Report on sanitation, dispensaries, and jails in Rajputana for 1914, and on vaccination for the year 1914-1915 - 1914-1915
Year: 1914
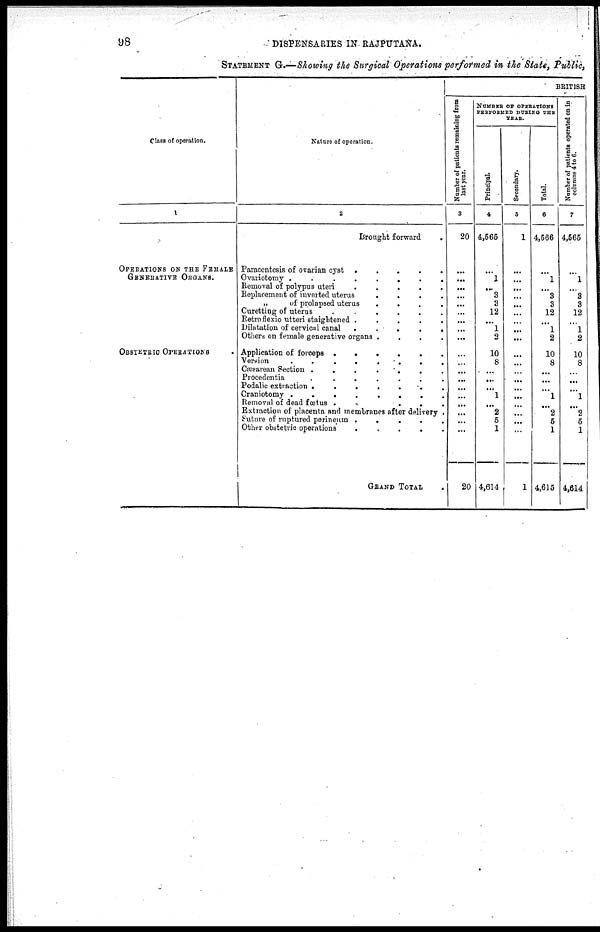
98
DISPENSARIES IN RAJPUTANA.
STATEMENT G.—Showing the Surgical Operations performed in the State, Public,
Class of operation.
1
OPERATIONS ON THE FEMALE
GENERATIVE ORGANS.
OBSTETRIC OPERATIONS .
Nature of operation.
2
Brought forward .
Paracentesis of ovarian cyst .
.
.
.
.
Ovariotomy .
.
.
.
.
.
.
.
Removal of polypus uteri
.
.
.
.
.
Replacement of inverted uterus
.
.
.
.
„
of prolapsed uterus
.
.
.
.
Curetting of uterus
.
.
.
.
Retroflexio utteri staightened .
.
.
.
.
Dilatation of cervical canal
.
.
.
.
.
Others on female generative organs .
.
.
.
Application of forceps
......
Version
........
Cresarean Section
.......
Procedentia
.......
Podalic extinction
.......
Craniotomy
........
Removal of dead foetus .
.
.
.
Extraction ofplacenta and membranes after dclivery .
Suture of ruptured perineum .
.
.
.
.
Other obstetric operations
.
.
.
.
.
GRAND TOTAL .
BRITISH
Number of patients remaining from
last year.
3
20
...
...
...
...
... ...
...
...
...
...
...
...
...
...
...
...
...
...
20
NUMBER OF OPERATIONS
PERFORMED DURING THE
YEAR.
Principal.
4
4,565
...
l
...
3
3
12
...
1
2
10
8
...
...
...
1
...
2
5
1
4,614
Secondary.
5
1
...
...
...
...
...
...
...
...
...
...
...
...
...
...
...
...
...
...
1
Total.
6
4,566
...
1
...
3
3
12
...
1
2
10
8
...
...
...
1
...
2
5
1
4,615
Number of patients operated
on in
columns 4 to 6.
7
4,565
...
l
...
... 3
12
...
1
2
10
8
...
...
...
1
...
2
5
1
4,614